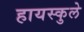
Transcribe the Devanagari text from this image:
हायस्कुले